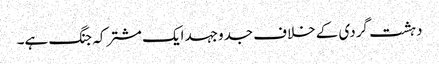
دہشت گردی کے خلاف جدوجہد ایک مشترکہ جنگ ہے۔